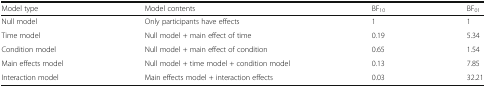
| Model type | Model contents | BF10 | BF01 |
 | --- | --- | --- | --- |
 | Null model | Only participants have effects | 1 | 1 |
 | Time model | Null model + main effect of time | 0.19 | 5.34 |
 | Condition model | Null model + main effect of condition | 0.65 | 1.54 |
 | Main effects model | Null model + time model + condition model | 0.13 | 7.85 |
 | Interaction model | Main effects model + interaction effects | 0.03 | 32.21 |